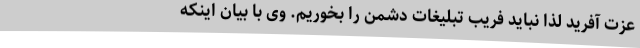
عزت آفرید لذا نباید فریب تبلیغات دشمن را بخوریم. وی با بیان اینکه